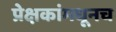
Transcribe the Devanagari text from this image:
प्रेक्षकांमधूनच